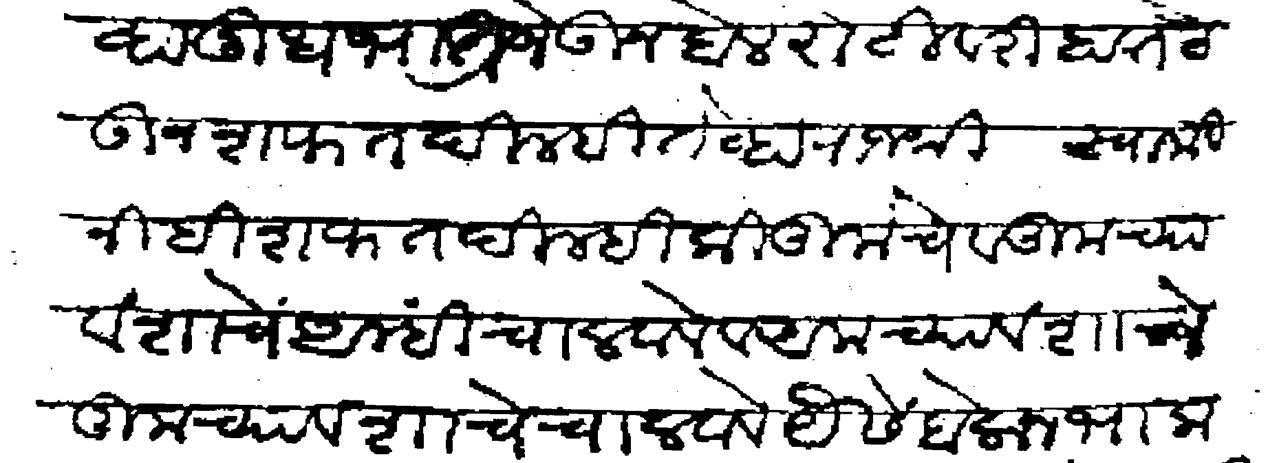
Transliteration (Devanagari): ठेऊन शफत दिल्ही तेव्हा राजश्री स्वामीनीही शफत दिल्ही की तुमचे व तुमच्या वंशाचे आम्ही चालवावे व आमच्या वंशाने तुमच्या वंशाचे चालवावे यैसें बोलोन भाक दिल्ही फते जालियावरी तुमचे सर्वश्वे उर्जीत